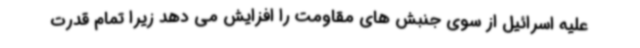
علیه اسرائیل از سوی جنبش های مقاومت را افزایش می دهد زیرا تمام قدرت